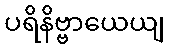
ပရိနိဗ္ဗာယေယျ